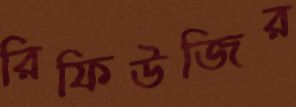
রিফিউজির